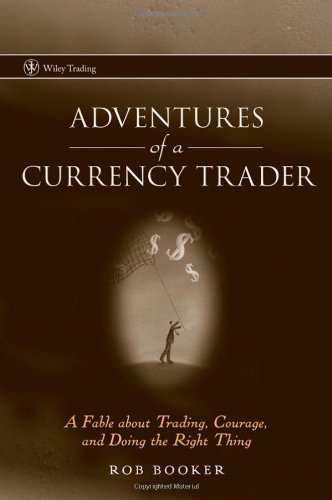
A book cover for Adventures of a Currency Trader: A Fable about Trading, Courage, and Doing the Right Thing; Rob Booker; Business & Money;